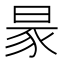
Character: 𧰮